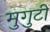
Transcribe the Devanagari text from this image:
मुगुटीं